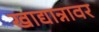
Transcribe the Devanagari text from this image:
खाद्यान्नावर